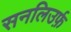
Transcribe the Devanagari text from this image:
सनलिउर्फ़